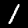
Digit: 1